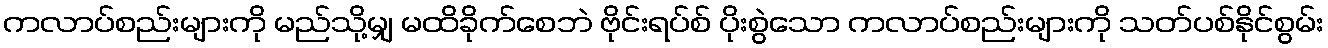
ကလာပ်စည်းများကို မည်သို့မျှ မထိခိုက်စေဘဲ ဗိုင်းရပ်စ် ပိုးစွဲသော ကလာပ်စည်းများကို သတ်ပစ်နိုင်စွမ်း